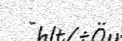
-